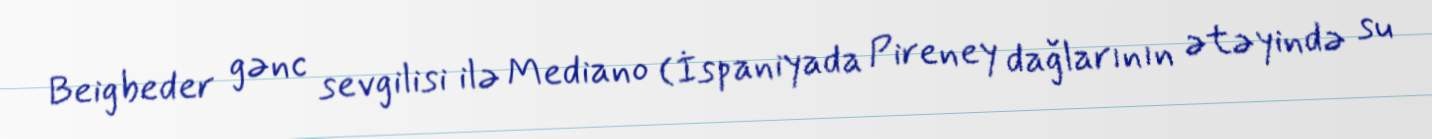
Beigbeder gənc sevgilisi ilə Mediano (İspaniyada Pireney dağlarının ətəyində su